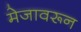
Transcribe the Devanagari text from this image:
मेजावरून